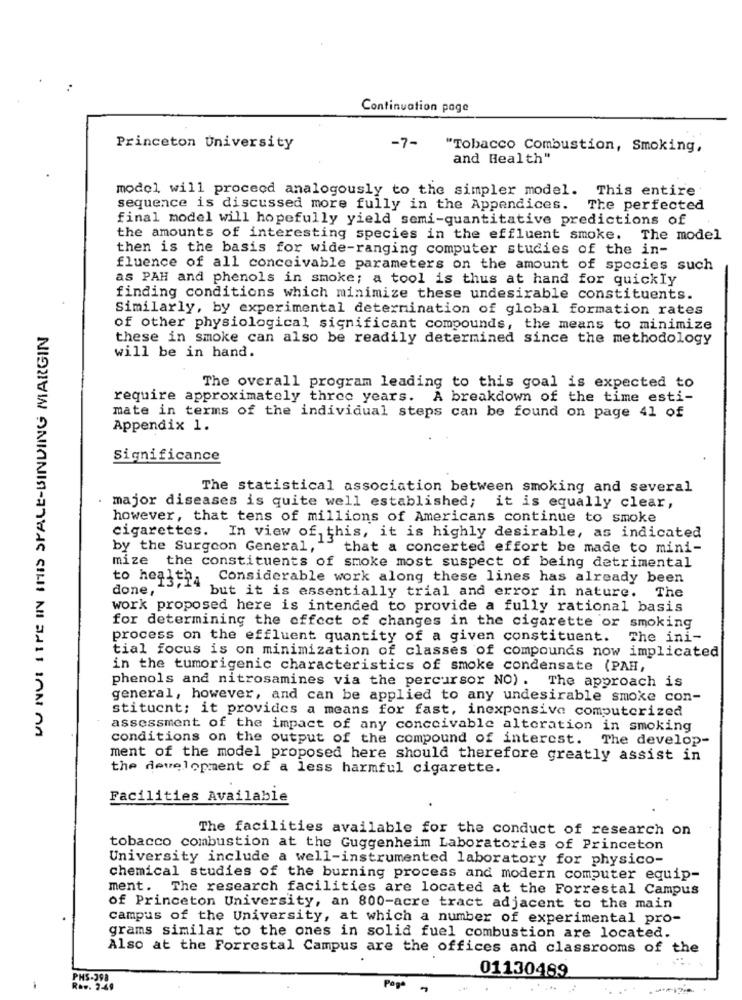
Continuation page
Princeton University
-7-
"Tobacco Combustion, Smoking,
and Health"
model will proceod analogously to the simpler model. This entire
sequence is discussed more fully in the Appendices. The perfected
final model will hopefully yield semi-quantitative predictions of
the amounts of interesting species in the effluent smoke. The model
then is the basis for wide-ranging computer studies of the in-
fluence of all conceivable parameters on the amount of species such
as PAH and phenols in smoke; a tool is thus at hand for quickly
finding conditions which minimize these undesirable constituents.
Similarly, by experimental determination of global formation rates
NU NUI LIFE IN THIS SPACE-SINDING MARGIN
of other physiological significant compounds, the means to minimize
these in smoke can also be readily determined since the methodology
will be in hand.
The overall program leading to this goal is expected to
require approximately three years. A breakdown of the time esti-
mate in terms of the individual steps can be found on page 41 of
Appendix 1.
Significance
The statistical association between smoking and several
. major diseases is quite well established; it is equally clear,
however, that tens of millions of Americans continue to smoke
cigarettes. In view of this, it is highly desirable, as indicated
by the Surgeon General,
that a concerted effort be made to mini-
mize the constituents of smoke most suspect of being detrimental
Considerable work along these lines has already been
to health4
done,
but it is essentially trial and error in nature. The
work proposed here is intended to provide a fully rational basis
for determining the effect of changes in the cigarette or smoking
process on the effluent quantity of a given constituent. The ini-
tial focus is on minimization of classes of compounds now implicated
in the tumorigenic characteristics of smoke condensate (PAH,
phenols and nitrosamines via the percursor NO) . The approach is
general, however, and can be applied to any undesirable smoke con-
stitucnt; it provides a means for fast, inexpensive computerized
assessment of the impact of any conceivable alteration in smoking
conditions on the output of the compound of interest. The develop-
ment of the model proposed here should therefore greatly assist in
the development of a less harmful cigarette.
Facilities Available
The facilities available for the conduct of research on
tobacco combustion at the Guggenheim Laboratories of Princeton
University include a well-instrumented laboratory for physico-
chemical studies of the burning process and modern computer equip-
ment. The research facilities are located at the Forrestal Campus
of Princeton University, an 800-acre tract adjacent to the main
campus of the University, at which a number of experimental pro-
grams similar to the ones in solid fuel combustion are located.
Also at the Forrestal Campus are the offices and classrooms of the
01130489
PHS-398
R.w. 2-49
Page